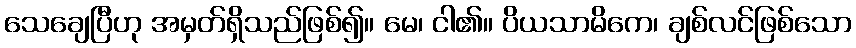
သေချေပြီဟု အမှတ်ရှိသည်ဖြစ်၍။ မေ၊ ငါ၏။ ပိယသာမိကေ၊ ချစ်လင်ဖြစ်သော